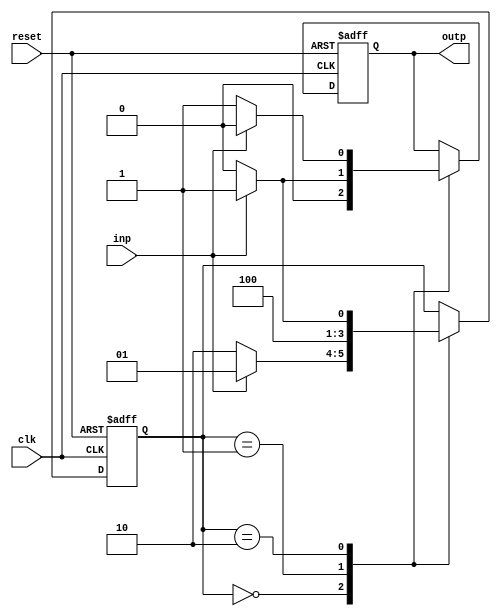
module mealy(clk, reset, inp, outp);
    input clk, reset, inp;
    output outp;
    reg [1:0] state;
    reg outp;
    always @(posedge clk, posedge reset)
    begin
        if(reset)
        begin
            state = 2'b00;
            outp = 0;
        end
        else
        begin
            case(state)
            2'b00: begin 
            if(inp)
            begin
                state <= 2'b01;
                outp <= 0;
            end
            else  begin  
                state <= 2'b10;
                outp <= 0;
            end
            end
            2'b01: begin
            if(inp)
            begin
                state <= 2'b10;
                outp <= 1;
            end
            else
            begin
                state <= 2;
                outp <= 0;
            end
            end

            2'b10: begin
            if(inp)
            begin
                state <= 2'b01;
                outp <= 0;
            end    
            else    
            begin
                state <= 2'b00;
                outp <= 1;
            end
            end
            endcase
        end

    end
endmodule


module tesetbench;
    wire outp;
    reg clk, reset, inp;

    mealy mod(clk, reset, inp, outp);

    initial begin
        $monitor(, $time, " inp = %b, outp = %b, state = %b", inp, outp, mod.state);
        #0 clk = 1'b0; reset = 1'b1;
        #5 reset = 1'b0; inp = 1;
        #5 inp = 0;
        #5 inp = 1;
        #200 $finish;
    end

    always
    #5 clk = ~clk;
endmodule